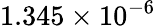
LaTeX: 1.345\times 10^{-6}